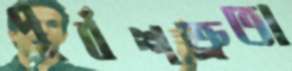
পূর্বশত্রুতা